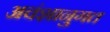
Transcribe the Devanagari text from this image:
अवंशानुगत